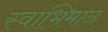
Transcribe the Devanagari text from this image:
स्‍वाभिमान